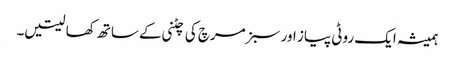
ہمیشہ ایک روٹی پیاز اور سبز مرچ کی چٹنی کے ساتھ کھا لیتیں۔